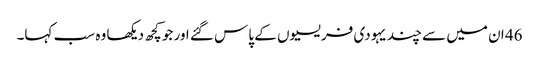
46 ان میں سے چند یہودی فریسیوں کے پاس گئے اور جو کچھ دیکھا وہ سب کہا۔